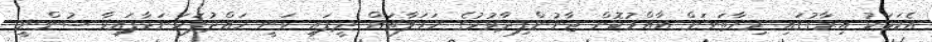
އެކަމަކު އިރާގުގައި މިހާތަނަށް އާއްމުކޮށް ޖާނުންފިދާވުމުގެ ހަމަލާތައް ދީފައި ވަނީ ހައްދުފަހަނަޅާފައިވާ ސުންނީ